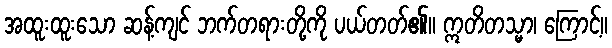
အထူးထူးသော ဆန့်ကျင် ဘက်တရားတို့ကို ပယ်တတ်၏။ ဣတိတသ္မာ၊ ကြောင့်။